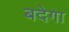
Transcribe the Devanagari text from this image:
बदेगा